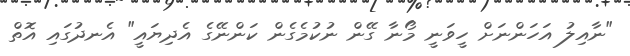
"ނާއިލު އަހަންނަށް ހީވަނީ މޯނާ ގޭން ނުކުމެގެން ކަންނޭގެ އެދިޔައީ" އެނދުގައި އޮތް